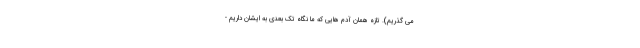
می گذریم). تازه همان آدم هایی که ما نگاه تک بعدی به ایشان داریم -